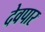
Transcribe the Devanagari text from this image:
देवपार